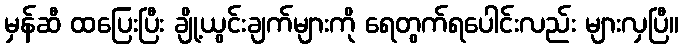
မှန်ဆီ ထပြေးပြီး ချို့ယွင်းချက်များကို ရေတွက်ရပေါင်းလည်း များလှပြီ။